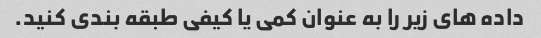
داده های زیر را به عنوان کمی یا کیفی طبقه بندی کنید.